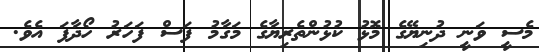
މެސީ ވަނީ ދުނިޔޭގެ މޮޅު ކުޅުންތެރިޔާގެ މަގާމު ފަސް ފަހަރު ހޯދާފަ އެވެ.